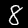
Digit: 8